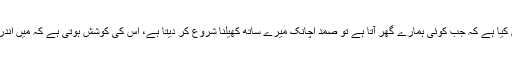
میں نے اکثر محسوس کیا ہے کہ جب کوئی ہمارے گھر آتا ہے تو صمد اچانک میرے ساتھ کھیلنا شروع کر دیتا ہے، اس کی کوشش ہوتی ہے کہ میں اندر کمرے میں نہ جاؤں۔